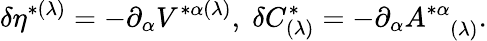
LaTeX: \delta\eta^{*(\lambda)}=-\partial_{\alpha}V^{*\alpha(\lambda)},\; \delta C_{(\lambda)}^{*}=-\partial_{\alpha}A_{\; \; \; (\lambda)}^{*\alpha}.